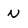
Character: N